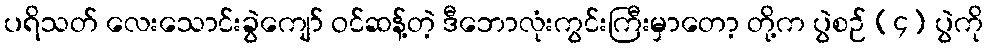
ပရိသတ် လေးသောင်းခွဲကျော် ဝင်ဆန့်တဲ့ ဒီဘောလုံးကွင်းကြီးမှာတော့ တို့က ပွဲစဉ် (၄) ပွဲကို